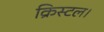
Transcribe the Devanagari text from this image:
क्रिस्टल।